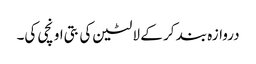
دروازہ بند کر کے لالٹین کی بتی اونچی کی۔